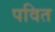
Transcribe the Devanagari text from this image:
पवित